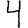
Digit: 4